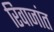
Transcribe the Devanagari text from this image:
रिवाजांत